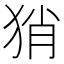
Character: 𤞚